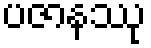
ပဇာနဿု